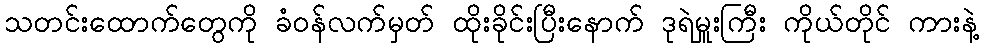
သတင်းထောက်တွေကို ခံဝန်လက်မှတ် ထိုးခိုင်းပြီးနောက် ဒုရဲမှူးကြီး ကိုယ်တိုင် ကားနဲ့